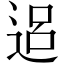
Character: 𨓐